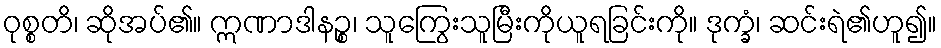
ဝုစ္စတိ၊ ဆိုအပ်၏။ ဣဏာဒါနဉ္စ၊ သူကြွေးသူမြီးကိုယူရခြင်းကို။ ဒုက္ခံ၊ ဆင်းရဲ၏ဟူ၍။